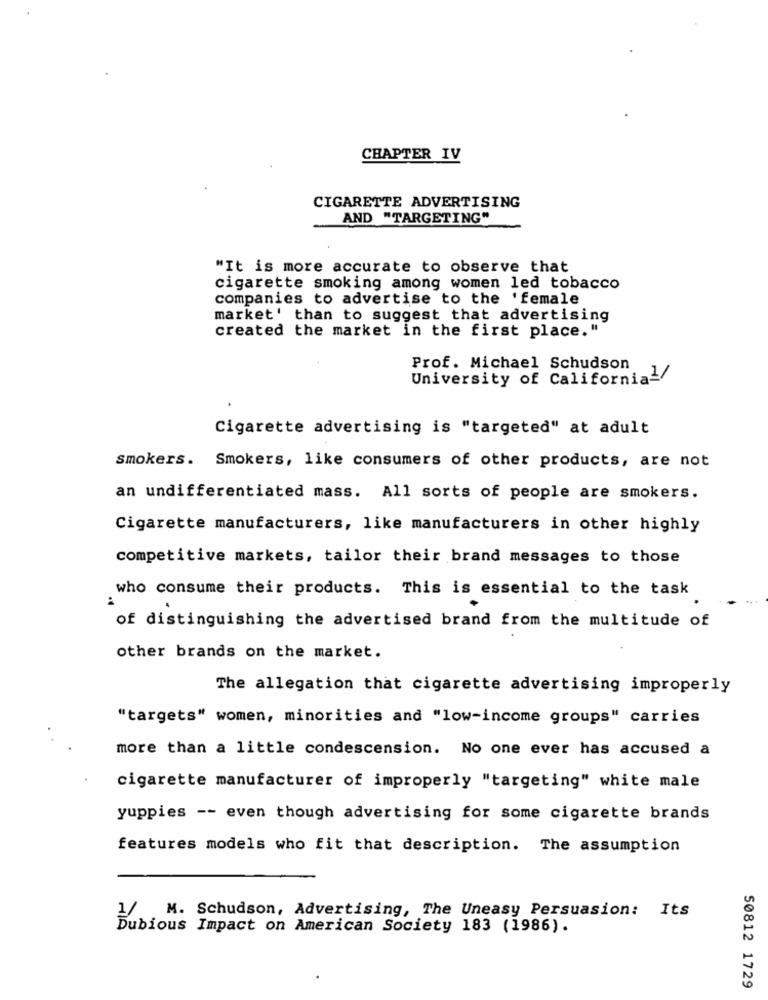
CHAPTER IV
CIGARETTE ADVERTISING
AND "TARGETING"
"It is more accurate to observe that
cigarette smoking among women led tobacco
companies to advertise to the 'female
market' than to suggest that advertising
created the market in the first place."
Prof. Michael Schudson
University of California-/
Cigarette advertising is "targeted" at adult
smokers. Smokers, like consumers of other products, are not
an undifferentiated mass. All sorts of people are smokers.
Cigarette manufacturers, like manufacturers in other highly
competitive markets, tailor their brand messages to those
who consume their products. This is essential to the task
of distinguishing the advertised brand from the multitude of
other brands on the market.
The allegation that cigarette advertising improperly
"targets" women, minorities and "low-income groups" carries
more than a little condescension. No one ever has accused a
cigarette manufacturer of improperly "targeting" white male
yuppies -- even though advertising for some cigarette brands
features models who fit that description. The assumption
H
Its
M. Schudson, Advertising, The Uneasy Persuasion:
Dubious Impact on American Society 183 (1986).
50812 1729